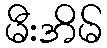
မီးအိမ်